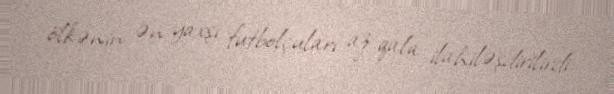
ölkənin ən yaxşı futbolçuları az qala ilahiləşdirilirdi.